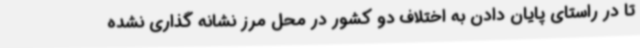
تا در راستای پایان دادن به اختلاف دو کشور در محل مرز نشانه گذاری نشده